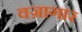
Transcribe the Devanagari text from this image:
वज्रागार